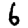
Digit: 6